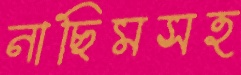
নাছিমসহ